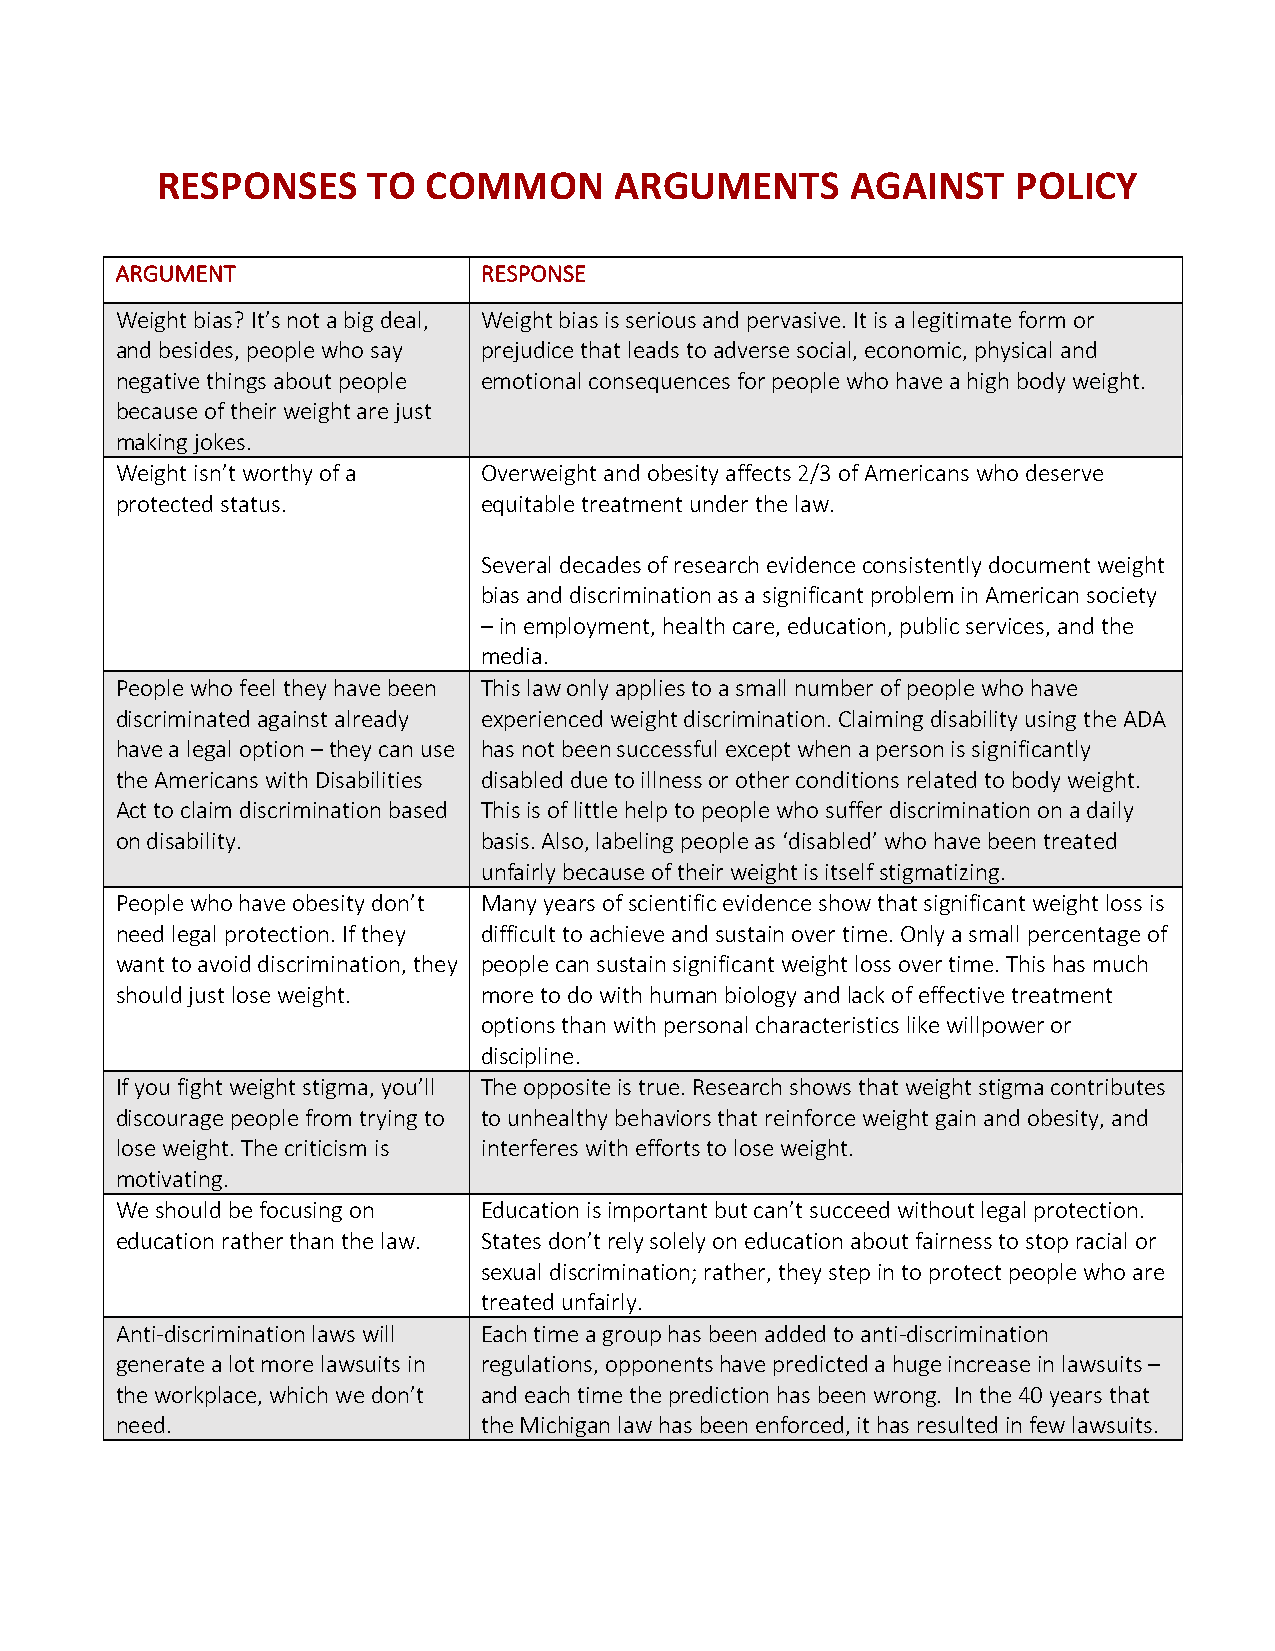
RESPONSES     TO  COMMON       ARGUMENTS      AGAINST    POLICY
 ARGUMENT                RESPONSE
 Weight bias? It’s not a big deal, Weight bias is serious and pervasive. It is a legitimate form or
 and besides, people who say prejudice that leads to adverse social, economic, physical and
 negative things about people emotional consequences for people who have a high body weight.
 because of their weight are just
 making jokes.
 Weight isn’t worthy of a Overweight and obesity affects 2/3 of Americans who deserve
 protected status.       equitable treatment under the law.
 Several decades of research evidence consistently document weight
 bias and discrimination as a significant problem in American society
 – in employment, health care, education, public services, and the
 media.
 People who feel they have been This law only applies to a small number of people who have
 discriminated against already experienced weight discrimination. Claiming disability using the ADA
 have a legal option – they can use has not been successful except when a person is significantly
 the Americans with Disabilities disabled due to illness or other conditions related to body weight.
 Act to claim discrimination based This is of little help to people who suffer discrimination on a daily
 on disability.          basis. Also, labeling people as ‘disabled’ who have been treated
 unfairly because of their weight is itself stigmatizing.
 People who have obesity don’t Many years of scientific evidence show that significant weight loss is
 need legal protection. If they difficult to achieve and sustain over time. Only a small percentage of
 want to avoid discrimination, they people can sustain significant weight loss over time. This has much
 should just lose weight. more to do with human biology and lack of effective treatment
 options than with personal characteristics like willpower or
 discipline.
 If you fight weight stigma, you’ll The opposite is true. Research shows that weight stigma contributes
 discourage people from trying to to unhealthy behaviors that reinforce weight gain and obesity, and
 lose weight. The criticism is interferes with efforts to lose weight.
 motivating.
 We should be focusing on Education is important but can’t succeed without legal protection.
 education rather than the law. States don’t rely solely on education about fairness to stop racial or
 sexual discrimination; rather, they step in to protect people who are
 treated unfairly.
 Anti-discrimination laws will Each time a group has been added to anti-discrimination
 generate a lot more lawsuits in regulations, opponents have predicted a huge increase in lawsuits –
 the workplace, which we don’t and each time the prediction has been wrong. In the 40 years that
 need.                   the Michigan law has been enforced, it has resulted in few lawsuits.